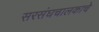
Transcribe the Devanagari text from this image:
सरसंघचालकाचे